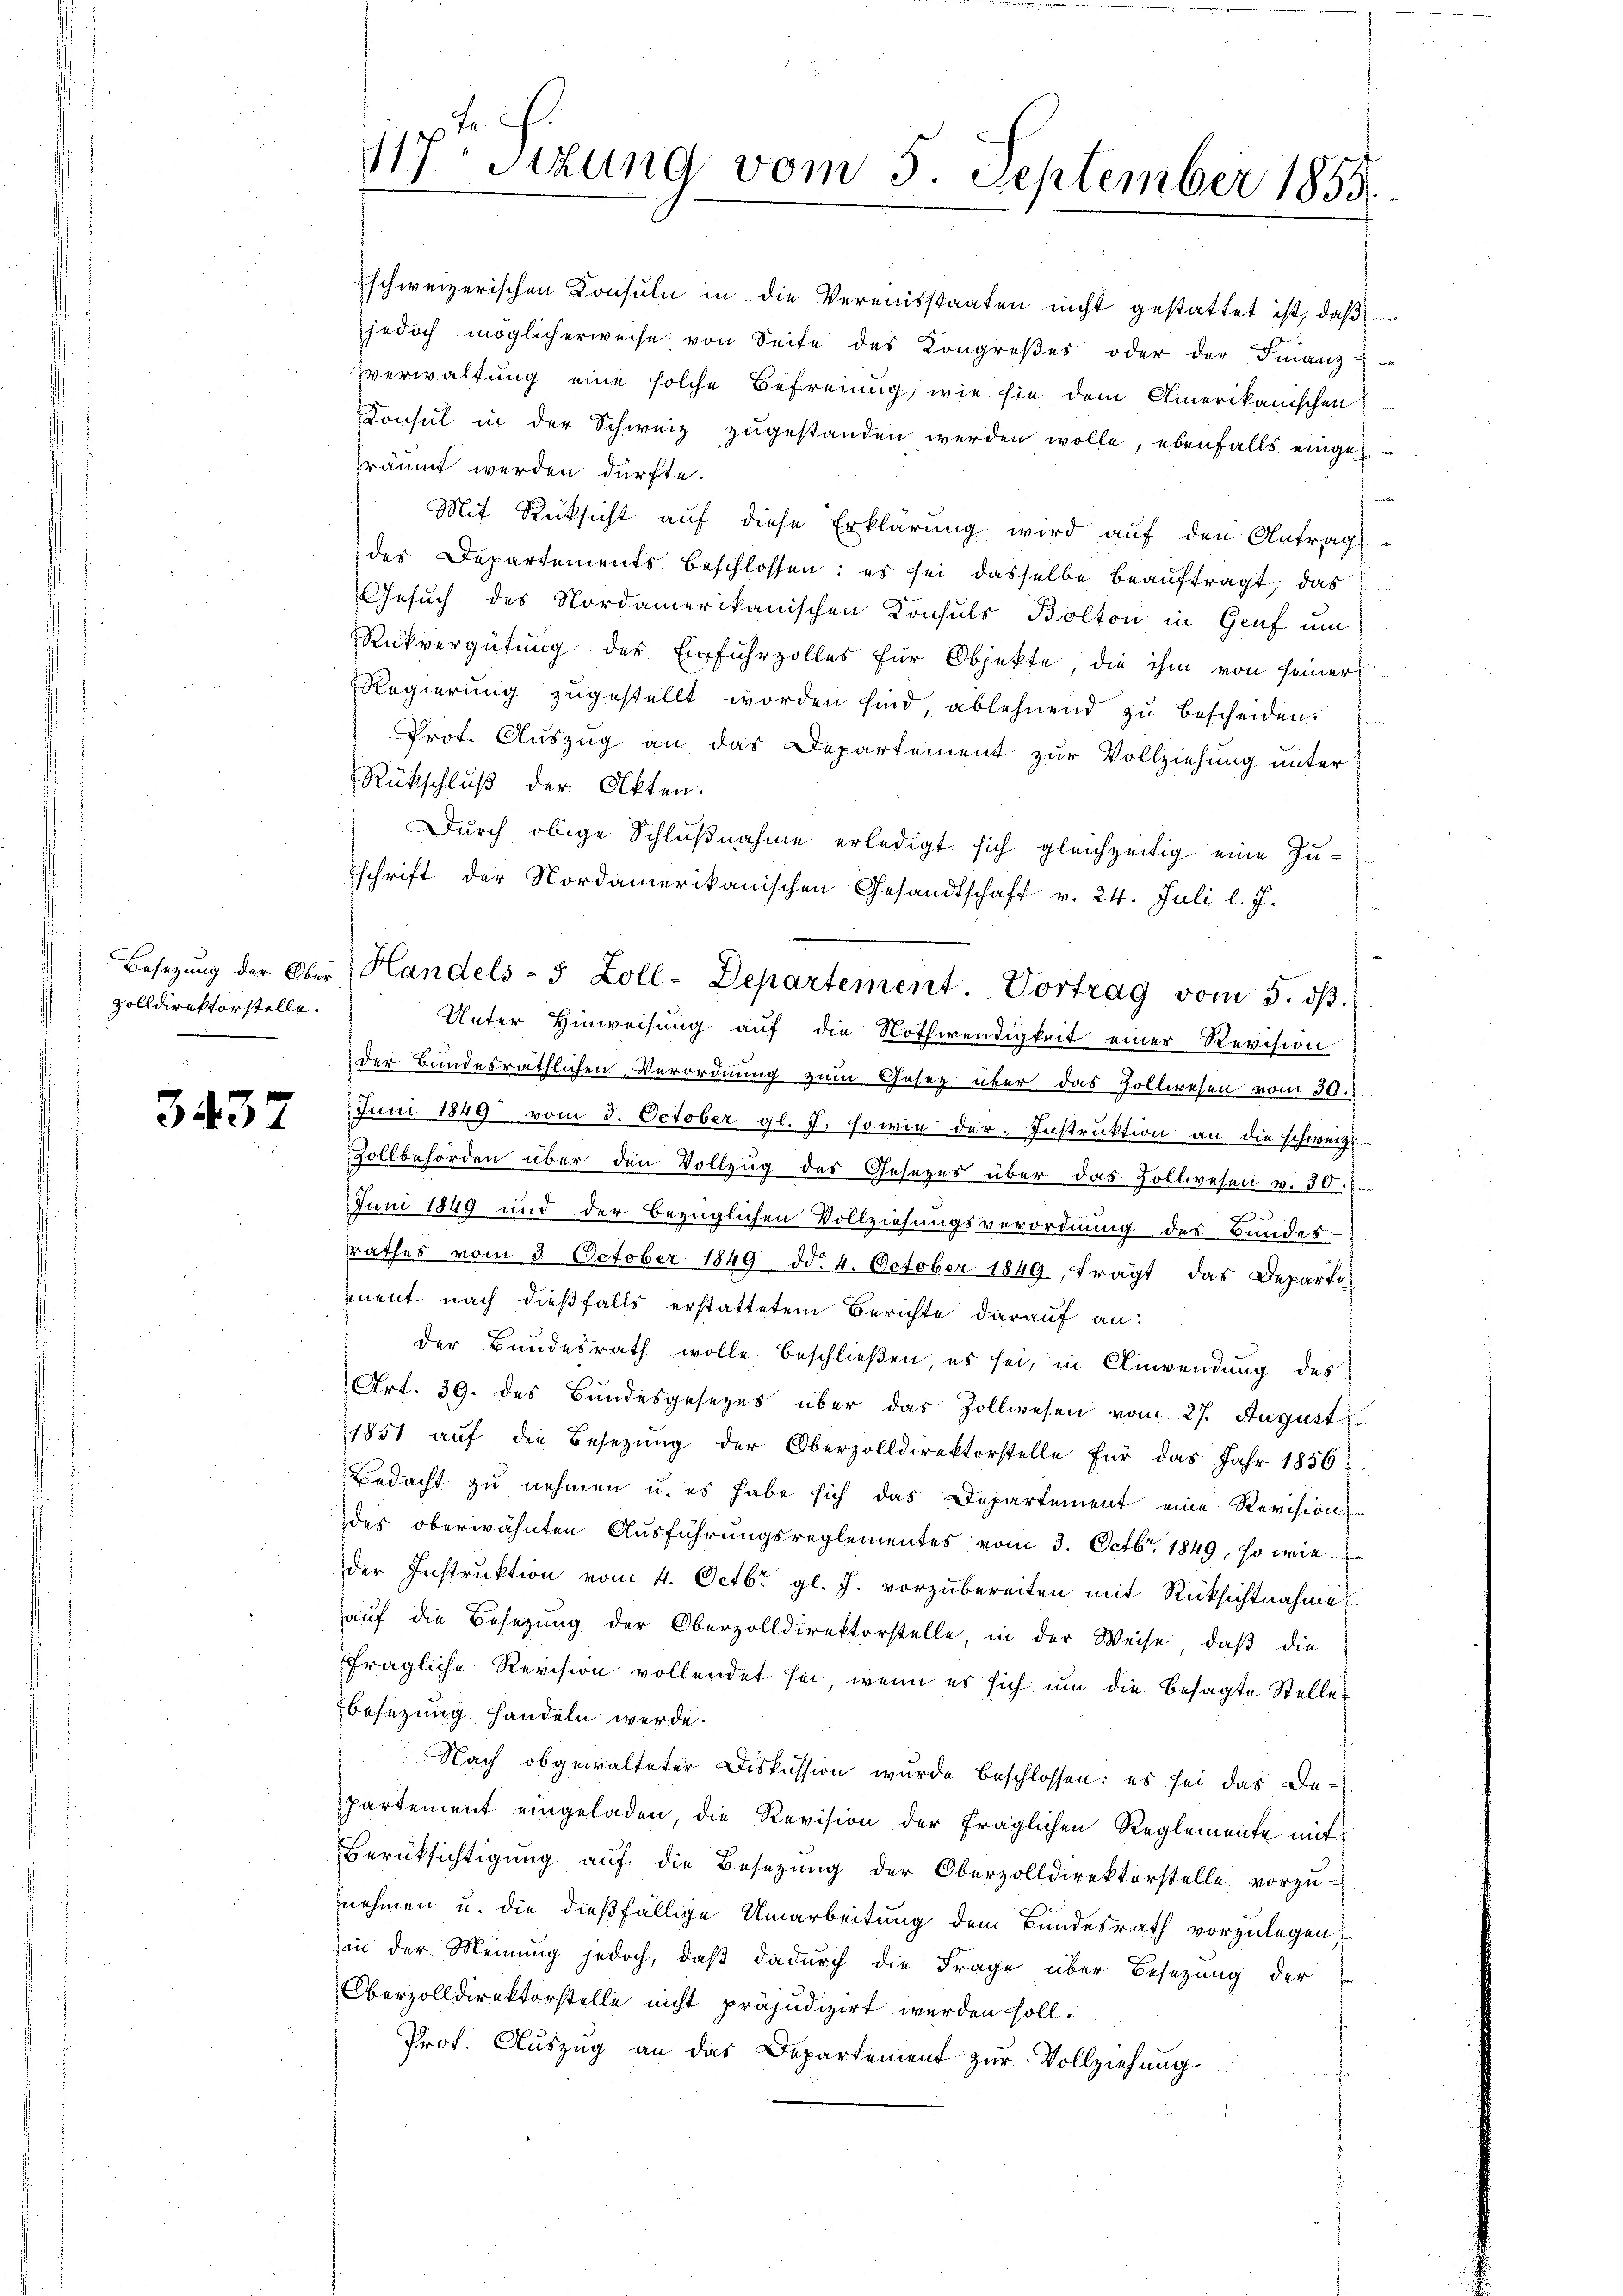
zolldirektorstelle.

3437

117. Sitzung vom 5. September 1858.

schweizerischen Konsuln in die Vereinsstaaten nicht gestattet ist, daß
jedoch möglicherweise von Seite des Kongreβes oder der Finanz-
verwaltung eine solche Befreiung, wie sie dem Amerikanischen
Konsul in der Schweiz zugestanden werden wolle, ebenfalls eingeräumt werden dürfte.
Mit Rücksicht auf diese Erklärung wird auf den Antrags
des Departements beschlossen: es sei dasselbe beauftragt, das
Gesuch des Nordamerikanischen Konsuls Bolton in Genf um
Rükvergütung des Einfuhrzolles für Objekte die ihm von seiner
Regierung zugestellt worden sind, ablehnend zu bescheiden.
Prot. Auszug an das Departement zur Vollziehung unter
Rückschluß der Akten:
Durch obige Schlußnahme erledigt sich gleichzeitig eine Zu-
schrift der Nordamerikanischen Gesandtschaft v. 24. Juli l. J.
Unter Hinweisung auf die Nothwendigkeit einer Revision
der Bundesräthlichen Verordnung zum Gesetz über das Hollwesen vom 30.
Juni 1849 vom 3. October gl. J. sowie der Instruktion an die schweize-
Zollbehörden über den Vollzug des Gesezes über das Zollwesen v. 30.
Juni 1849 und der bezüglichen Vollziehungsverordnung des Bundes-
rathes vom 3 October 1849 dd. 4. October 1849, trägt das Departe
ment nach dießfalls erstattetem Berichte darauf an:
der Bundesrath wolle beschließen, es sei, in Anwendung des
Art. 39. des Bundesgesezes über das Zollwesen vom 27. August
1851 auf die Besetzung der Oberzolldirektorstelle für das Jahr 1856;
Bedacht zu nehmen u. es habe sich das Departement eine Revisions-
der oberwähnten Ausführungsreglementes vom 3. Octbr. 1849, so wie
der Instruktion vom 4. Octbr. gl. J. vorzubereiten mit Rücksichtnahme.
auf die Besetzung der Oberzolldirektorstelle, in der Weise, daß die
fragliche Revision vollendet sei, wenn es sich um die besagte Stelle
besezung handeln werde.
Nach obgewalteter Diskussion wurde beschlossen: es sei das De-
partement eingeladen, die Revision der fraglichen Reglemente mit
Berüksichtigŭng aŭf die Besetzŭng der Oberzolldirektorstelle vorzŭ-
nehmen u. die dießfällige Umarbeitung dem Bundesrath vorzulegen
in der Meinung jedoch, daß dadurch die Frage über Besetzung der
Oberzolldirektorstelle nicht präjudizirt werden soll.
Prof. Auszug an das Departement zur Vollziehung.

Besetzŭng der Ober-Handels- 5 Zoll-Departement. Vortrag vom 5. dβ.